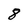
Character: 8